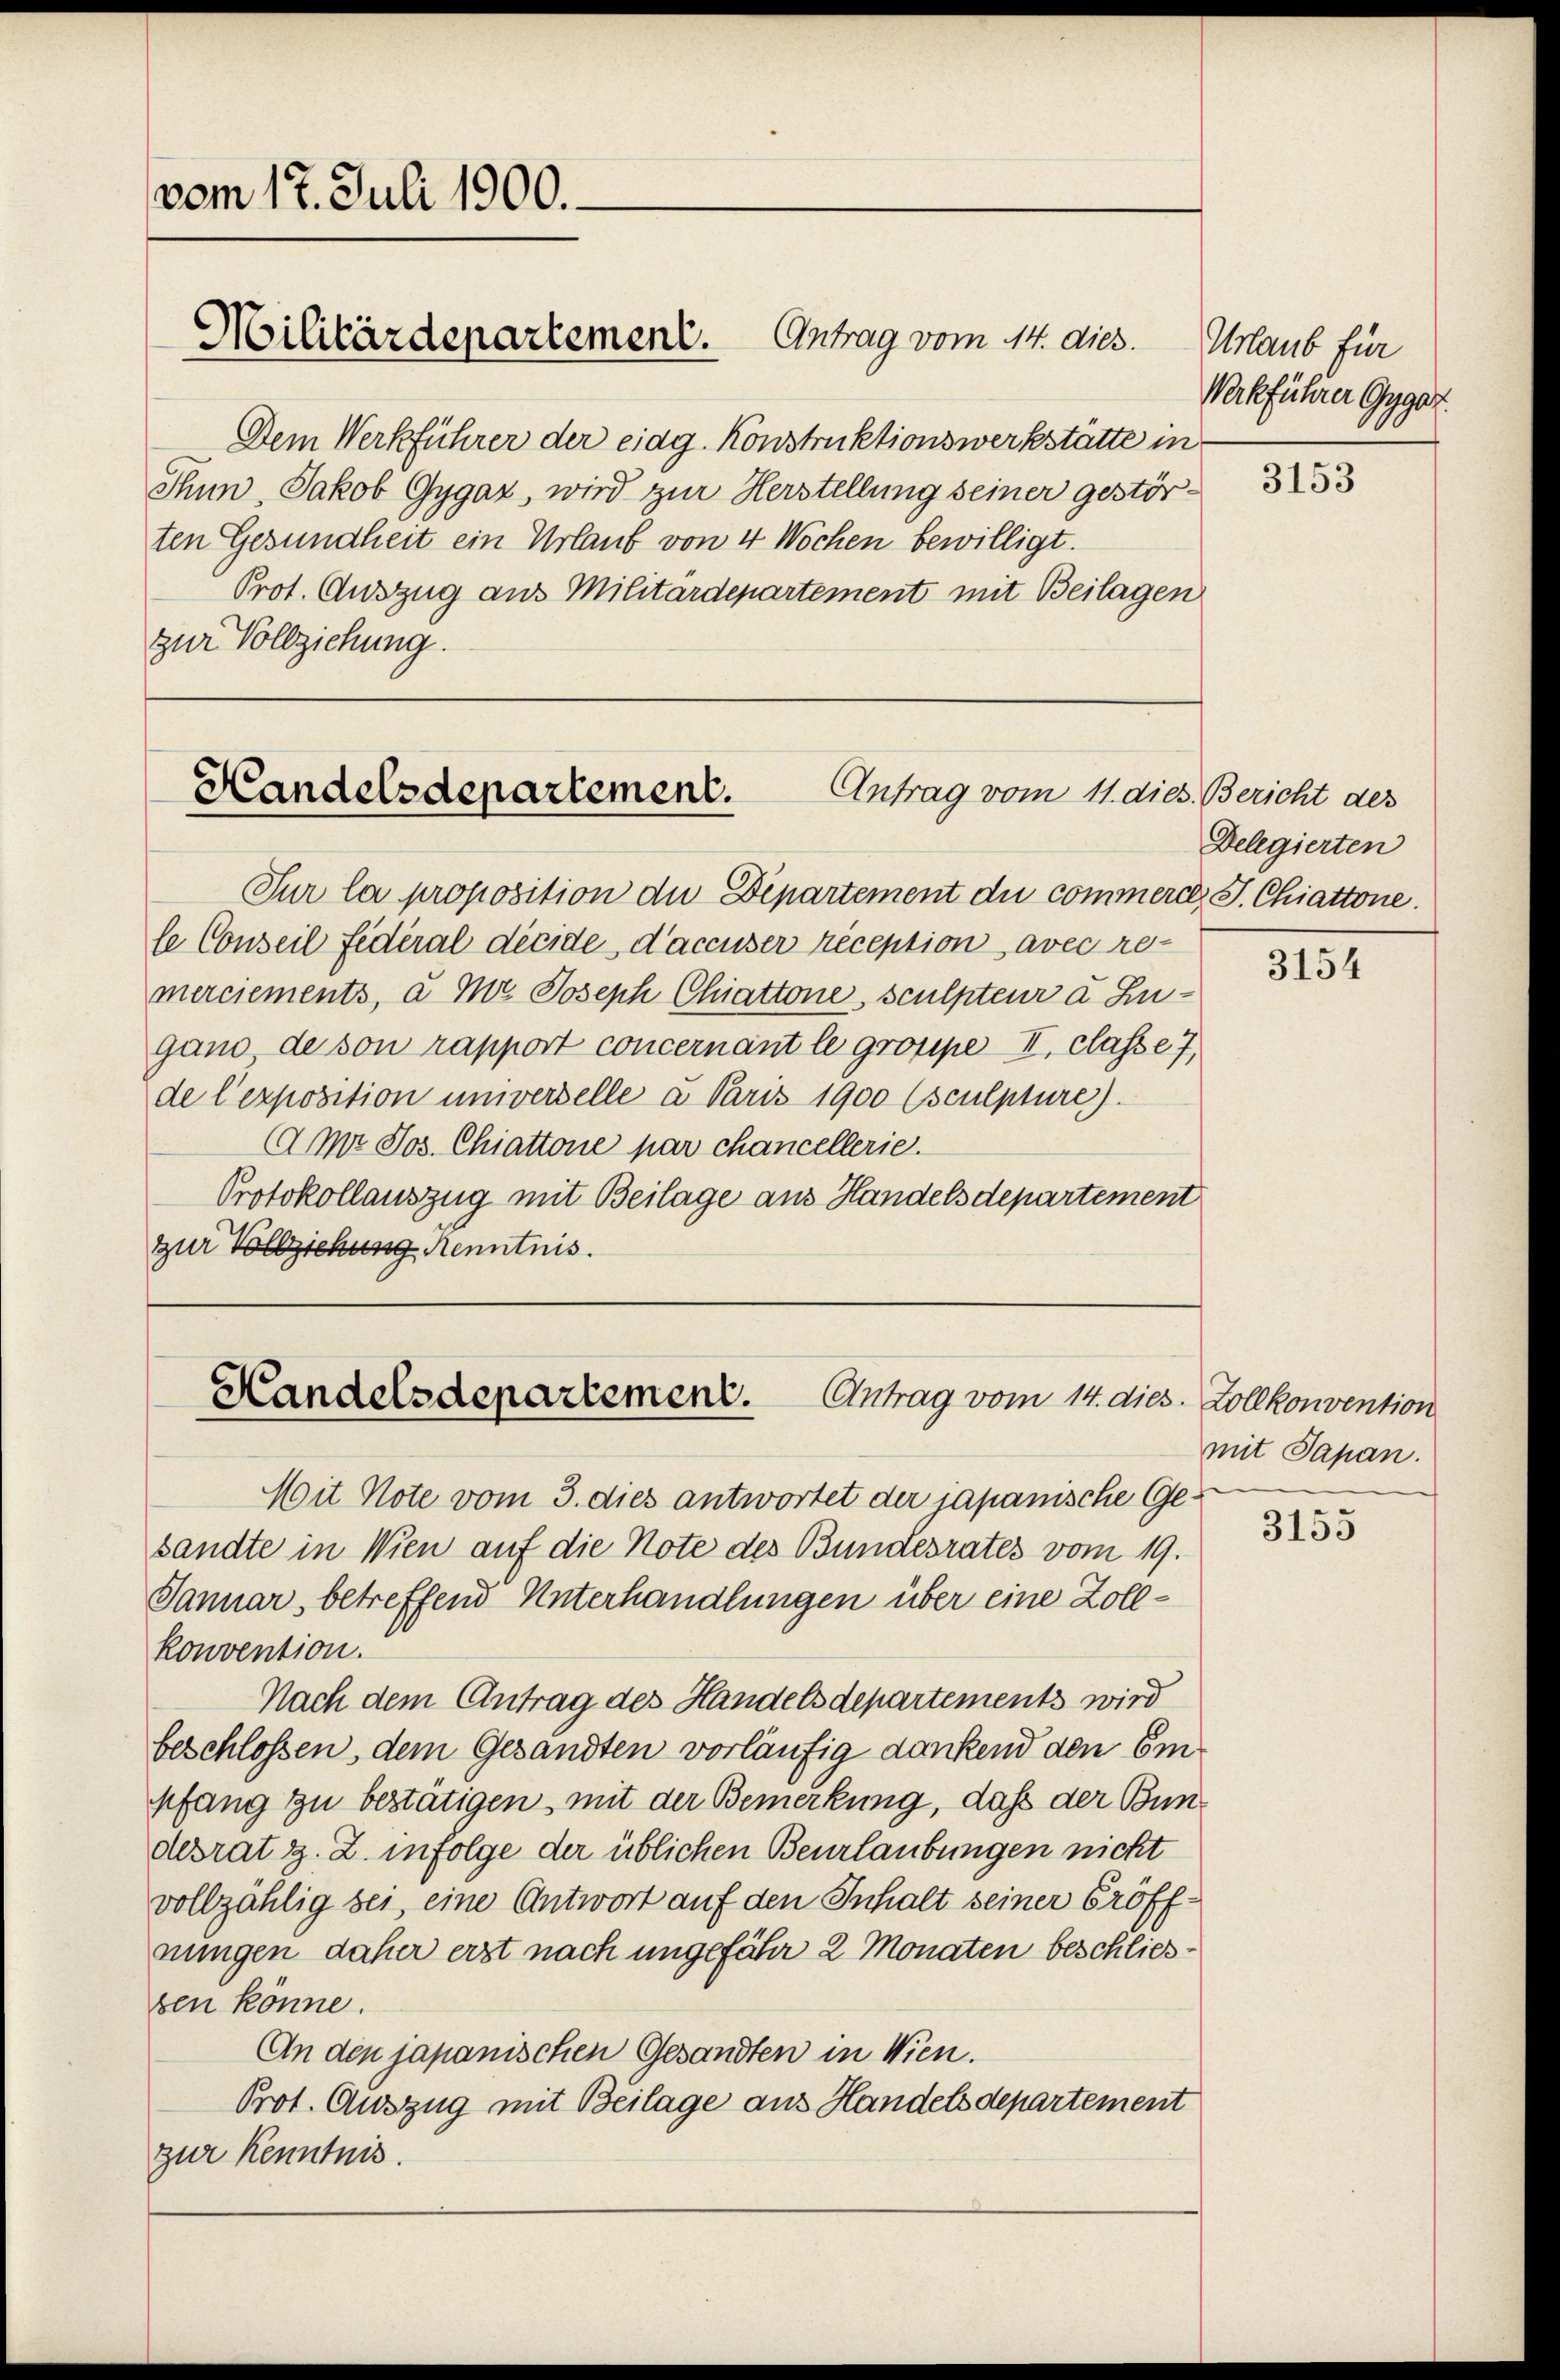
vom 17. Juli 1900.

Militärdepartement. Antrag vom 14. dies.

Dem Werkführer der eidg. Konstruktionswerkstätte in
Thun Jakob Gygaz, wird zur Herstellung seiner gestörten Gesundheit ein Urlauf von 4 Wochen bewilligt.
Prot. Auszug aus Militärdepartement mit Beilagen
zur Vollziehung.

Antrag vom 11. die
Handelsdepartement.

Sur la proposition die Departement du commerce, J. Chiattone.
le Conseil fédéral décide d’accuser reception avec re-
merciements, a M. Joseph Chiattone, sculpteur d. Zugand, de son rapport concernant le grosipe II. classe 7,
de l’exposition unverselle a Paris 1900 (sculpture).
Amr Jos. Chiattone par chancellerie.
Protokollauszug mit Beilage aus Handelsdepartement
zur Vollziehung Kenntnis.

Handelsdepartement. Antrag vom 14. dies. Zollkonvention

Mit Note vom 3. dies antwortet der japanische Gesandte in Wien auf die Note des Bundesrates vom 19.
Januar, betreffend Unterhandlungen über eine Zollkonvention.
Nach dem Antrag des Handelsdepartements wird
beschlossen, dem Gesandten vorläufig dankend den Empfang zu bestätigen, mit der Bemerkung, daß der Bundesrat z. Z. infolge der üblichen Beurlaubungen nicht
vollzählig sei, eine Antwort auf den Inhalt seiner Eröffnungen daher erst nach ungefähr 2 Monaten beschliessen könne.
An den japanischen Gesandten in Wien.
Prot. Auszug mit Beilage aus Handelsdepartement
zur Kenntnis.

Urlaub für
Werkführer Gygar.

3153

3. Bericht des
Delegierten

3154

mit Papan.

3155